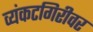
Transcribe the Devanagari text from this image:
व्यंकटगिरीवर